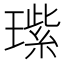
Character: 𬎏